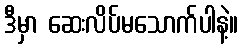
ဒီမှာ ဆေးလိပ်မသောက်ပါနဲ့။